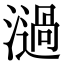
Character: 濄